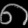
Digit: ၈